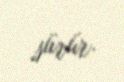
sürür.